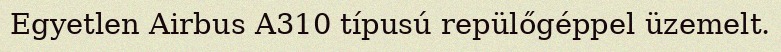
Egyetlen Airbus A310 típusú repülőgéppel üzemelt.